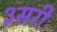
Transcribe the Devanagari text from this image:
३सरी